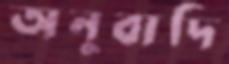
অনুবাদি